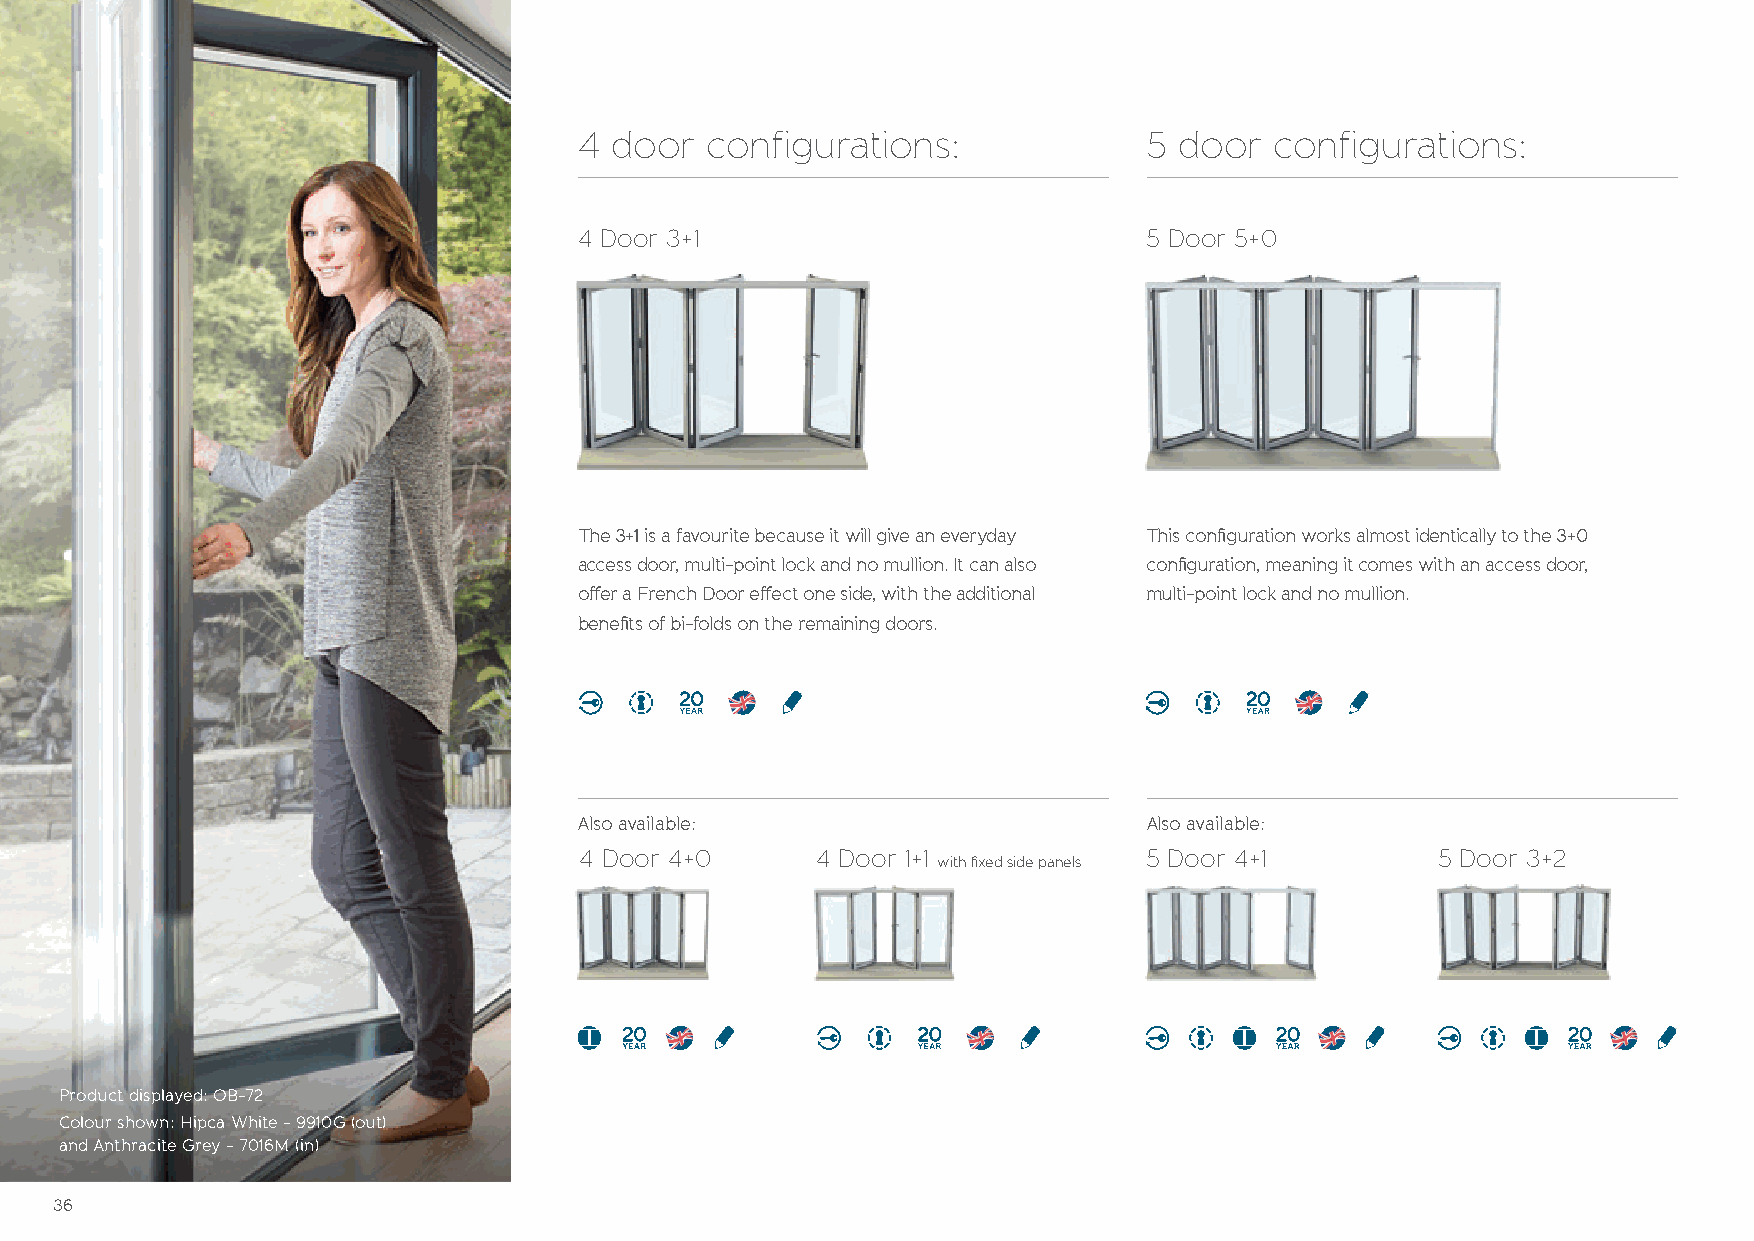
4 door   configurations:              5 door  configurations:
 4 Door 3+1                            5 Door 5+0
 The 3+1 is a favourite because it will give an everyday This confi guration works almost identically to the 3+0
 access door, multi-point lock and no mullion. It can also confi guration, meaning it comes with an access door,
 off er a French Door eff ect one side, with the additional multi-point lock and no mullion.
 benefi ts of bi-folds on the remaining doors.
 Also available:                       Also available:
 4 Door 4+0      4 Door 1+1            5 Door 4+1         5 Door 3+2
 with fi xed side panels
 Product displayed: OB-72
 Colour shown: Hipca White - 9910G (out)
 and Anthracite Grey - 7016M (in)
 36